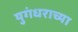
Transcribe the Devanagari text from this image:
युगंधराच्या